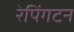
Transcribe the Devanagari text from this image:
रेपिंगटन